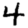
Digit: 4